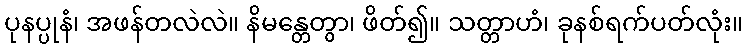
ပုနပ္ပုနံ၊ အဖန်တလဲလဲ။ နိမန္တေတွာ၊ ဖိတ်၍။ သတ္တာဟံ၊ ခုနစ်ရက်ပတ်လုံး။